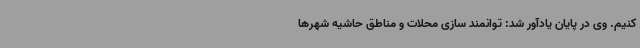
کنیم. وی در پایان یادآور شد: توانمند سازی محلات و مناطق حاشیه شهرها